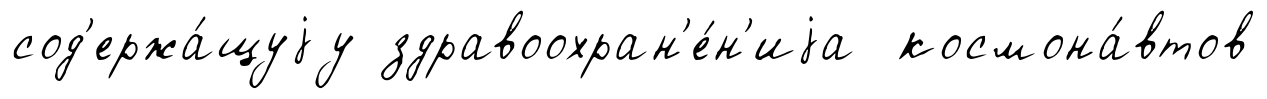
сод'ержа́щуjу здравоохран'е́н'иjа космона́втов